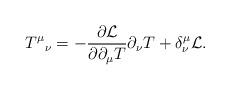
LaTeX: \begin{align*}T^{\mu}{}_\nu = -{\partial {\cal L} \over \partial \partial_\mu T} \partial_\nu T + \delta^{\mu}_{\nu} {\cal L}.\end{align*}